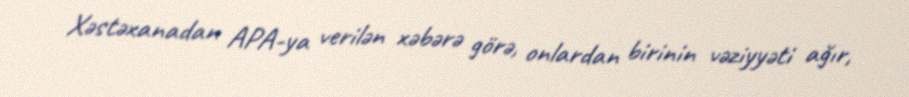
Xəstəxanadan APA-ya verilən xəbərə görə, onlardan birinin vəziyyəti ağır,